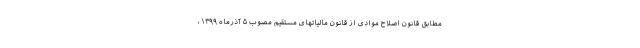
مطابق قانون اصلاح موادی از قانون مالیاتهای مستقیم مصوب ۵ آذرماه ۱۳۹۹،